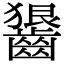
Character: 𪙈